Vaccination in Bombay 1869-1873 - 1869-1873
Year: 1869
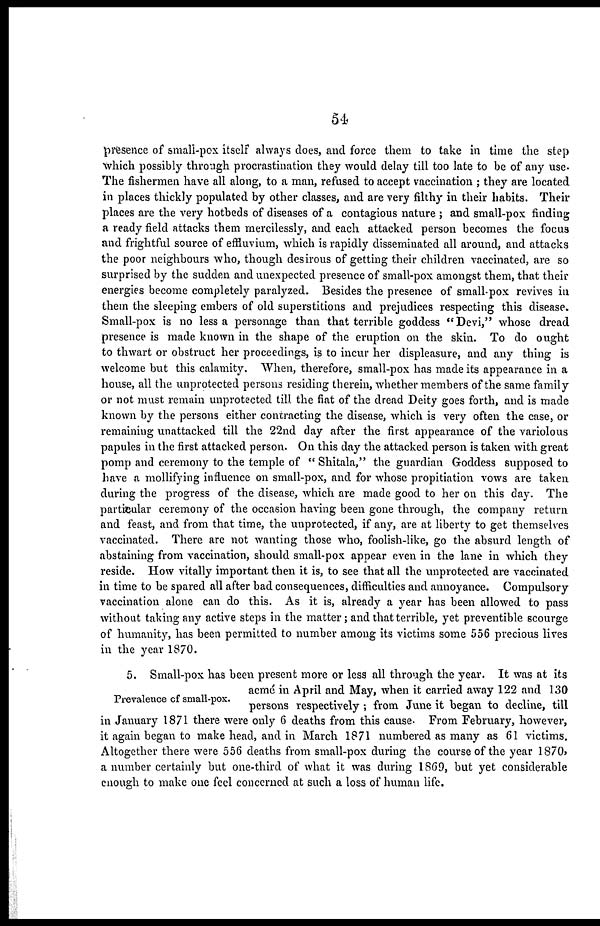
54
presence of small-pox itself always does, and force them to take in time the step
which possibly through procrastination they would delay till too late to be of any use.
The fishermen have all along, to a man, refused to accept vaccination ; they are located
in places thickly populated by other classes, and are very filthy in their habits. Their
places are the very hotbeds of diseases of a contagious nature ; and small-pox finding
a ready field attacks them mercilessly, and each attacked person becomes the focus
and frightful source of effluvium, which is rapidly disseminated all around, and attacks
the poor neighbours who, though desirous of getting their children vaccinated, are so
surprised by the sudden and unexpected presence of small-pox amongst them, that their
energies become completely paralyzed. Besides the presence of small-pox revives in
them the sleeping embers of old superstitions and prejudices respecting this disease.
Small-pox is no less a personage than that terrible goddess "Devi," whose dread
presence is made known in the shape of the eruption on the skin. To do ought
to thwart or obstruct her proceedings, is to incur her displeasure, and any thing is
welcome but this calamity. When, therefore, small-pox has made its appearance in a
house, all the unprotected persons residing therein, whether members of the same family
or not must remain unprotected till the fiat of the dread Deity goes forth, and is made
known by the persons either contracting the disease, which is very often the case, or
remaining unattacked till the 22nd day after the first appearance of the variolous
papules in the first attacked person. On this day the attacked person is taken with great
pomp and ceremony to the temple of " Shitala," the guardian Goddess supposed to
have a mollifying influence on small-pox, and for whose propitiation vows are taken
during the progress of the disease, which are made good to her on this day. The
particular ceremony of the occasion having been gone through, the company return
and feast, and from that time, the unprotected, if any, are at liberty to get themselves
vaccinated. There are not wanting those who, foolish-like, go the absurd length of
abstaining from vaccination, should small-pox appear even in the lane in which they
reside. How vitally important then it is, to see that all the unprotected are vaccinated
in time to be spared all after bad consequences, difficulties and annoyance. Compulsory
vaccination alone can do this. As it is, already a year has been allowed to pass
without taking any active steps in the matter; and that terrible, yet preventible scourge
of humanity, has been permitted to number among its victims some 556 precious lives
in the year 1870.
Prevalence of small-pox.
5. Small-pox has been present more or less all through the year. It was at its
acmé in April and May, when it carried away 122 and 130
persons respectively ; from June it began to decline, till
in January 1871 there were only 6 deaths from this cause. From February, however,
it again began to make head, and in March 1871 numbered as many as 61 victims.
Altogether there were 556 deaths from small-pox during the course of the year 1870,
a number certainly but one-third of what it was during 1869, but yet considerable
enough to make one feel concerned at such a loss of human life.